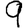
Digit: 9